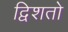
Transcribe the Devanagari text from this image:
द्विशतो